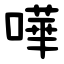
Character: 嘩